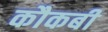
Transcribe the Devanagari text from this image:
कौकबी